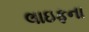
લાઇફના